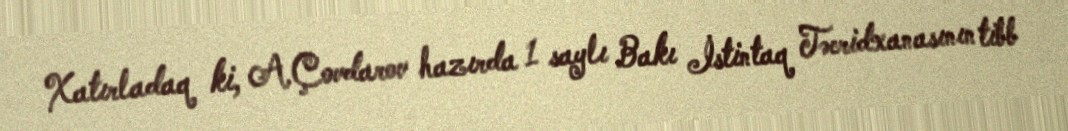
Xatırladaq ki, A.Çovdarov hazırda 1 saylı Bakı İstintaq Təcridxanasının tibb